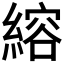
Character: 𫃻